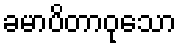
ခမာပိတာဝုသော